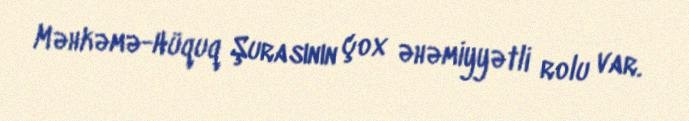
Məhkəmə-Hüquq Şurasının çox əhəmiyyətli rolu var.